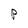
Character: P